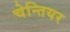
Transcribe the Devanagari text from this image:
चेन्तियर